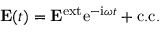
{ \bf E } ( t ) = { \bf E } ^ { \mathrm { e x t } } \mathrm { e } ^ { - \mathrm { i } \omega t } + \mathrm { c . c . }